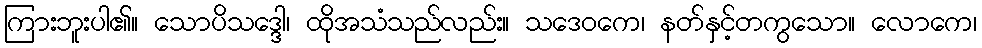
ကြားဘူးပါ၏။ သောပိသဒ္ဒေါ၊ ထိုအသံသည်လည်း။ သဒေဝကေ၊ နတ်နှင့်တကွသော။ လောကေ၊